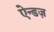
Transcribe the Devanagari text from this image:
ऐन्डज़